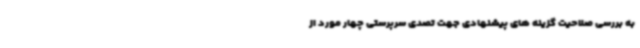
به بررسی صلاحیت گزینه های پیشنهادی جهت تصدی سرپرستی چهار مورد از